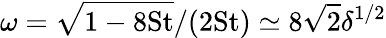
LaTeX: \omega=\sqrt{1-8\mathrm{St}}/(2\mathrm{St})\simeq 8\sqrt{2}\delta^{1/2}